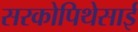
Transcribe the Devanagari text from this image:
सरकोपिथेसाई